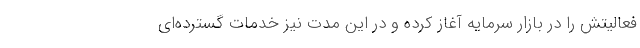
فعالیتش را در بازار سرمایه آغاز کرده و در این مدت نیز خدمات گسترده‌ای